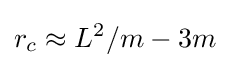
r_{c}\approx L^{2}/m-3m